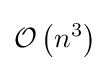
{\mathcal {O}}\left(n^{3}\right)